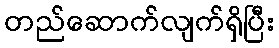
တည်ဆောက်လျက်ရှိပြီး